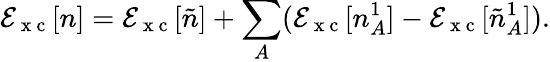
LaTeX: \mathcal{E}_{\mathrm{{~x~c~}}}[n]=\mathcal{E}_{\mathrm{{~x~c~}}}[\tilde{{n}}]+\sum_{A}(\mathcal{E}_{\mathrm{{~x~c~}}}[n_{A}^{1}]-\mathcal{E}_{\mathrm{{~x~c~}}}[\tilde{{n}}_{A}^{1}]).